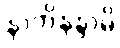
နာဘိနန္ဒာမိ